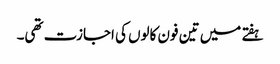
ہفتے میں تین فون کالوں کی اجازت تھی۔